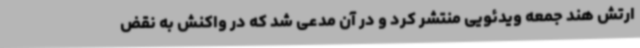
ارتش هند جمعه ویدئویی منتشر کرد و در آن مدعی شد که در واکنش به نقض